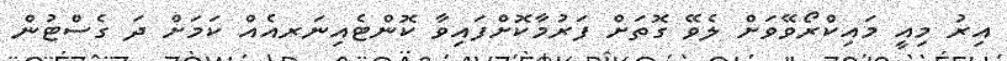
އިރު މިއީ މައިކްރޯވޭވަށް ލެވޭ ގޮތަށް ފަރުމާކޮށްފައިވާ ކޮންޓެއިނަރއެއް ކަމަށް ދަ ގެސްޓުން